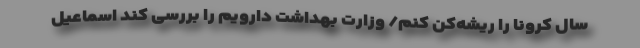
سال کرونا را ریشه‌کن کنم/ وزارت بهداشت دارویم را بررسی کند اسماعیل